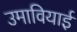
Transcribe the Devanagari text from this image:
उमावियाई